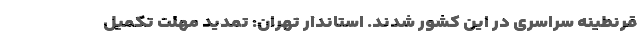
قرنطینه سراسری در این کشور شدند. استاندار تهران: تمدید مهلت تکمیل